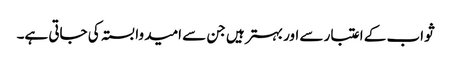
ثواب کے اعتبار سے اور بہتر ہیں جن سے امید وابستہ کی جاتی ہے۔